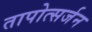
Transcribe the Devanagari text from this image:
तापोत्सर्जन